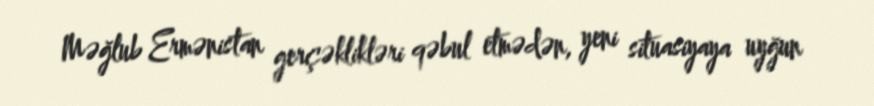
Məğlub Ermənistan gerçəklikləri qəbul etmədən, yeni situasiyaya uyğun